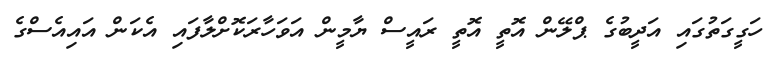
ހަގީގަތުގައި އަދީބުގެ ޕްލޭން އޮތީ އޮތީ ރައީސް ޔާމީން އަވަހާރަކޮށްލާފައި އެކަން އައިއެސްގެ